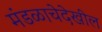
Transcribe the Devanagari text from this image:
मंडळाचेदेखील